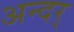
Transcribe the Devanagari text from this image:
अन्दर्